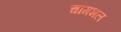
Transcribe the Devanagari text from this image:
चांगभल